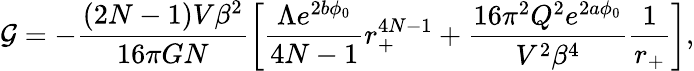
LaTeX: {\cal G}=-\frac{(2N-1)V\beta^{2}}{16\pi GN}\left[\frac{\Lambda e^{2b\phi_{0}}}{4N-1}r_{+}^{4N-1}+\frac{16\pi^{2}Q^{2}e^{2a\phi_{0}}}{V^{2}\beta^{4}}\frac{1}{r_{+}}\right],